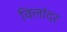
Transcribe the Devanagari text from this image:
विलांदर